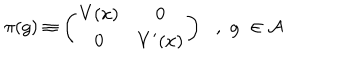
LaTeX: \pi ( g ) \equiv \left( \begin{matrix} { { V ( x ) } } & { { 0 } } \\ { { 0 } } & { { V ^ { \prime } ( x ) } } \\ \end{matrix} \right) \, \, \, \, , \, \, g \, \, \in { \cal A }